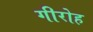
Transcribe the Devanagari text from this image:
गीरोह